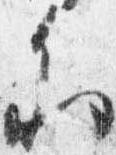
参